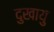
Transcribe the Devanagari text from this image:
दुखायु